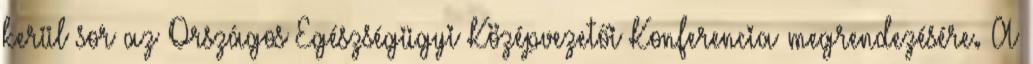
kerül sor az Országos Egészségügyi Középvezetői Konferencia megrendezésére. A